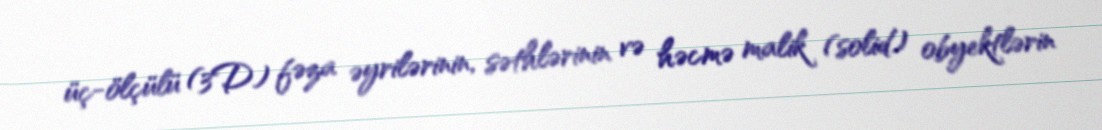
üç-ölçülü (3D) fəza əyrilərinin, səthlərinin və həcmə malik (solid) obyektlərin